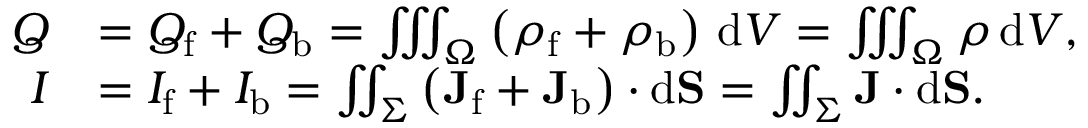
{ \begin{array} { r l } { Q } & { = Q _ { \mathrm { f } } + Q _ { \mathrm { b } } = \iiint _ { \Omega } \left( \rho _ { \mathrm { f } } + \rho _ { \mathrm { b } } \right) \, \mathrm { d } V = \iiint _ { \Omega } \rho \, \mathrm { d } V , } \\ { I } & { = I _ { \mathrm { f } } + I _ { \mathrm { b } } = \iint _ { \Sigma } \left( \mathbf { J } _ { \mathrm { f } } + \mathbf { J } _ { \mathrm { b } } \right) \cdot \mathrm { d } \mathbf { S } = \iint _ { \Sigma } \mathbf { J } \cdot \mathrm { d } \mathbf { S } . } \end{array} }